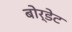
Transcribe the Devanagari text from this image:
बोर्डेट